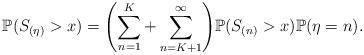
LaTeX: \begin{align*}\mathbb{P}(S_{(\eta)}>x)= \Biggl(\sum\limits_{n=1}^{K}+\sum\limits_{n=K+1}^{\infty} \Biggr)\mathbb{P}(S_{(n)}>x)\mathbb{P}(\eta=n).\end{align*}